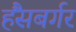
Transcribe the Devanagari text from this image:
हैंसबर्गर